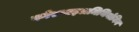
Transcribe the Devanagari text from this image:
फोरमाइलमिथियोनिन